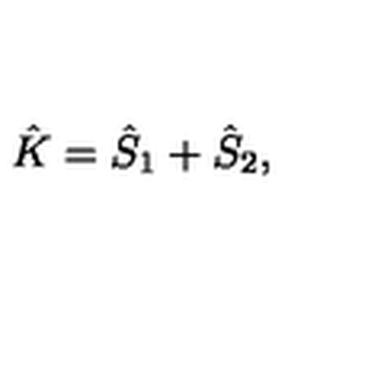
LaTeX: { \hat { K } } = { \hat { S } } _ { 1 } + { \hat { S } } _ { 2 } ,